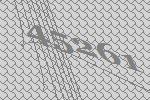
45261